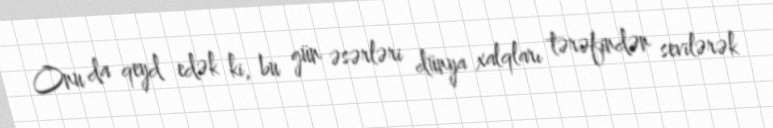
Onu da qeyd edək ki, bu gün əsərləri dünya xalqları tərəfindən sevilərək